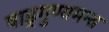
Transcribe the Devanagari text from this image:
षाड्गुण्यमन्त्र